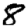
Digit: 8